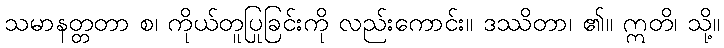
သမာနတ္တတာ စ၊ ကိုယ်တူပြုခြင်းကို လည်းကောင်း။ ဒဿိတာ၊ ၏။ ဣတိ၊ သို့။